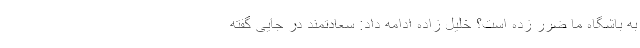
به باشگاه ما ضرر زده است؟ خلیل زاده ادامه داد: سعادتمند در جایی گفته